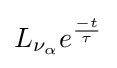
L_{\nu _{\alpha }}e^{\frac {-t}{\tau }}